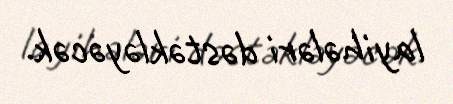
layihələri dəstəkləyəcək.